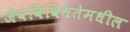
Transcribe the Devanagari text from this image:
जैवविविधतेमधील